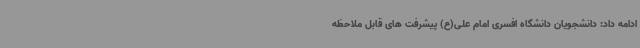
ادامه داد: دانشجویان دانشگاه افسری امام علی(ع) پیشرفت های قابل ملاحظه